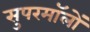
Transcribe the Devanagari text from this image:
सुपरमॉलों